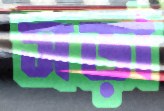
সড়া